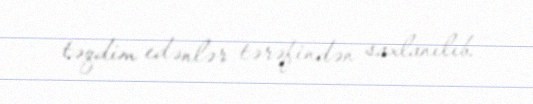
təqdim edənlər tərəfindən saxlanılıb.